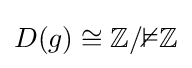
D(g)\cong \mathbb {Z/2Z}